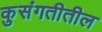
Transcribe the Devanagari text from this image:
कुसंगतीतील